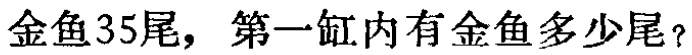
金鱼35尾，第一缸内有金鱼多少尾？